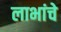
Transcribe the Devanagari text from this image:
लाभांचे